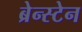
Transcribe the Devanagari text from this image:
ब्रेन्स्टेन